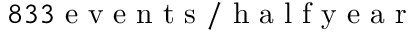
8 3 3 \mathrm { ~ e ~ v ~ e ~ n ~ t ~ s ~ / ~ h ~ a ~ l ~ f ~ y ~ e ~ a ~ r ~ }